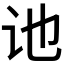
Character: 𫍙